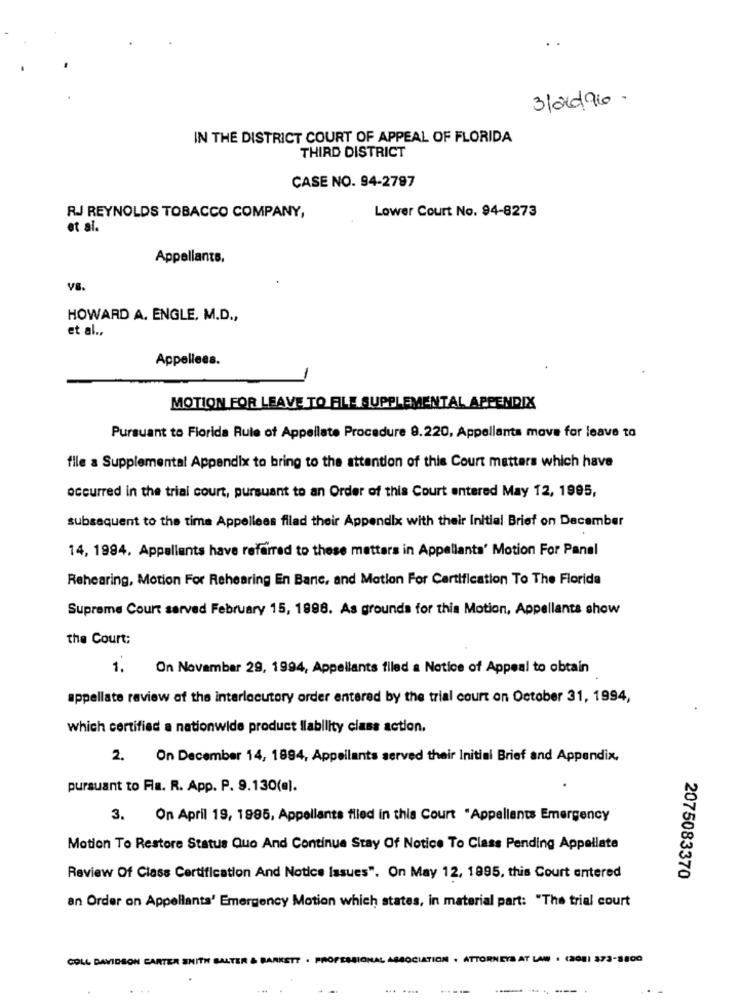
3/06/96.
IN THE DISTRICT COURT OF APPEAL OF FLORIDA
THIRD DISTRICT
CASE NO. 94-2797
Lower Court No. 94-8273
RJ REYNOLDS TOBACCO COMPANY,
et al.
Appellants,
VB.
HOWARD A. ENGLE, M.D .,
et al .,
Appellees.
MOTION FOR LEAVE TO FILE SUPPLEMENTAL APPENDIX
Pursuant to Florida Rule of Appellate Procedure 9.220, Appellanta move for leave to
file a Supplemental Appendix to bring to the attention of this Court matters which have
occurred in the trial court, pursuant to an Order of this Court entered May 12, 1995,
subsequent to the time Appellees filad their Appendix with their Initial Brief on December
14, 1984. Appellants have referred to these matters in Appellants' Motion For Panel
Rehearing, Motion For Rehearing En Banc, and Motion For Certification To The Florida
Supreme Court served February 15, 1998. As grounds for this Motion, Appellants show
the Court;
1.
On November 29, 1994, Appellants filed a Notice of Appeal to obtain
appellate review of the interlocutory order entered by the trial court on October 31, 1994,
which certified a nationwide product liability class action.
2.
On December 14, 1894, Appellants served their Initial Brief and Appendix,
pursuant to Fla. R. App. P. 9.130(al.
3. On April 19, 1995, Appellants filed in this Court "Appellants Emergency
Motion To Restore Status Quo And Continue Stay Of Notice To Class Pending Appellate
Review Of Class Certification And Notice Issues". On May 12, 1995, this Court entered
2075083370
an Order on Appellants' Emergency Motion which states, in material part: "The trial court
COLL DAVIDSON CARTER SMITH SALTER &
RKETT . PROP
OCIATION . ATTORNEYS AT LAW . (2081 373-8800
...
------ .